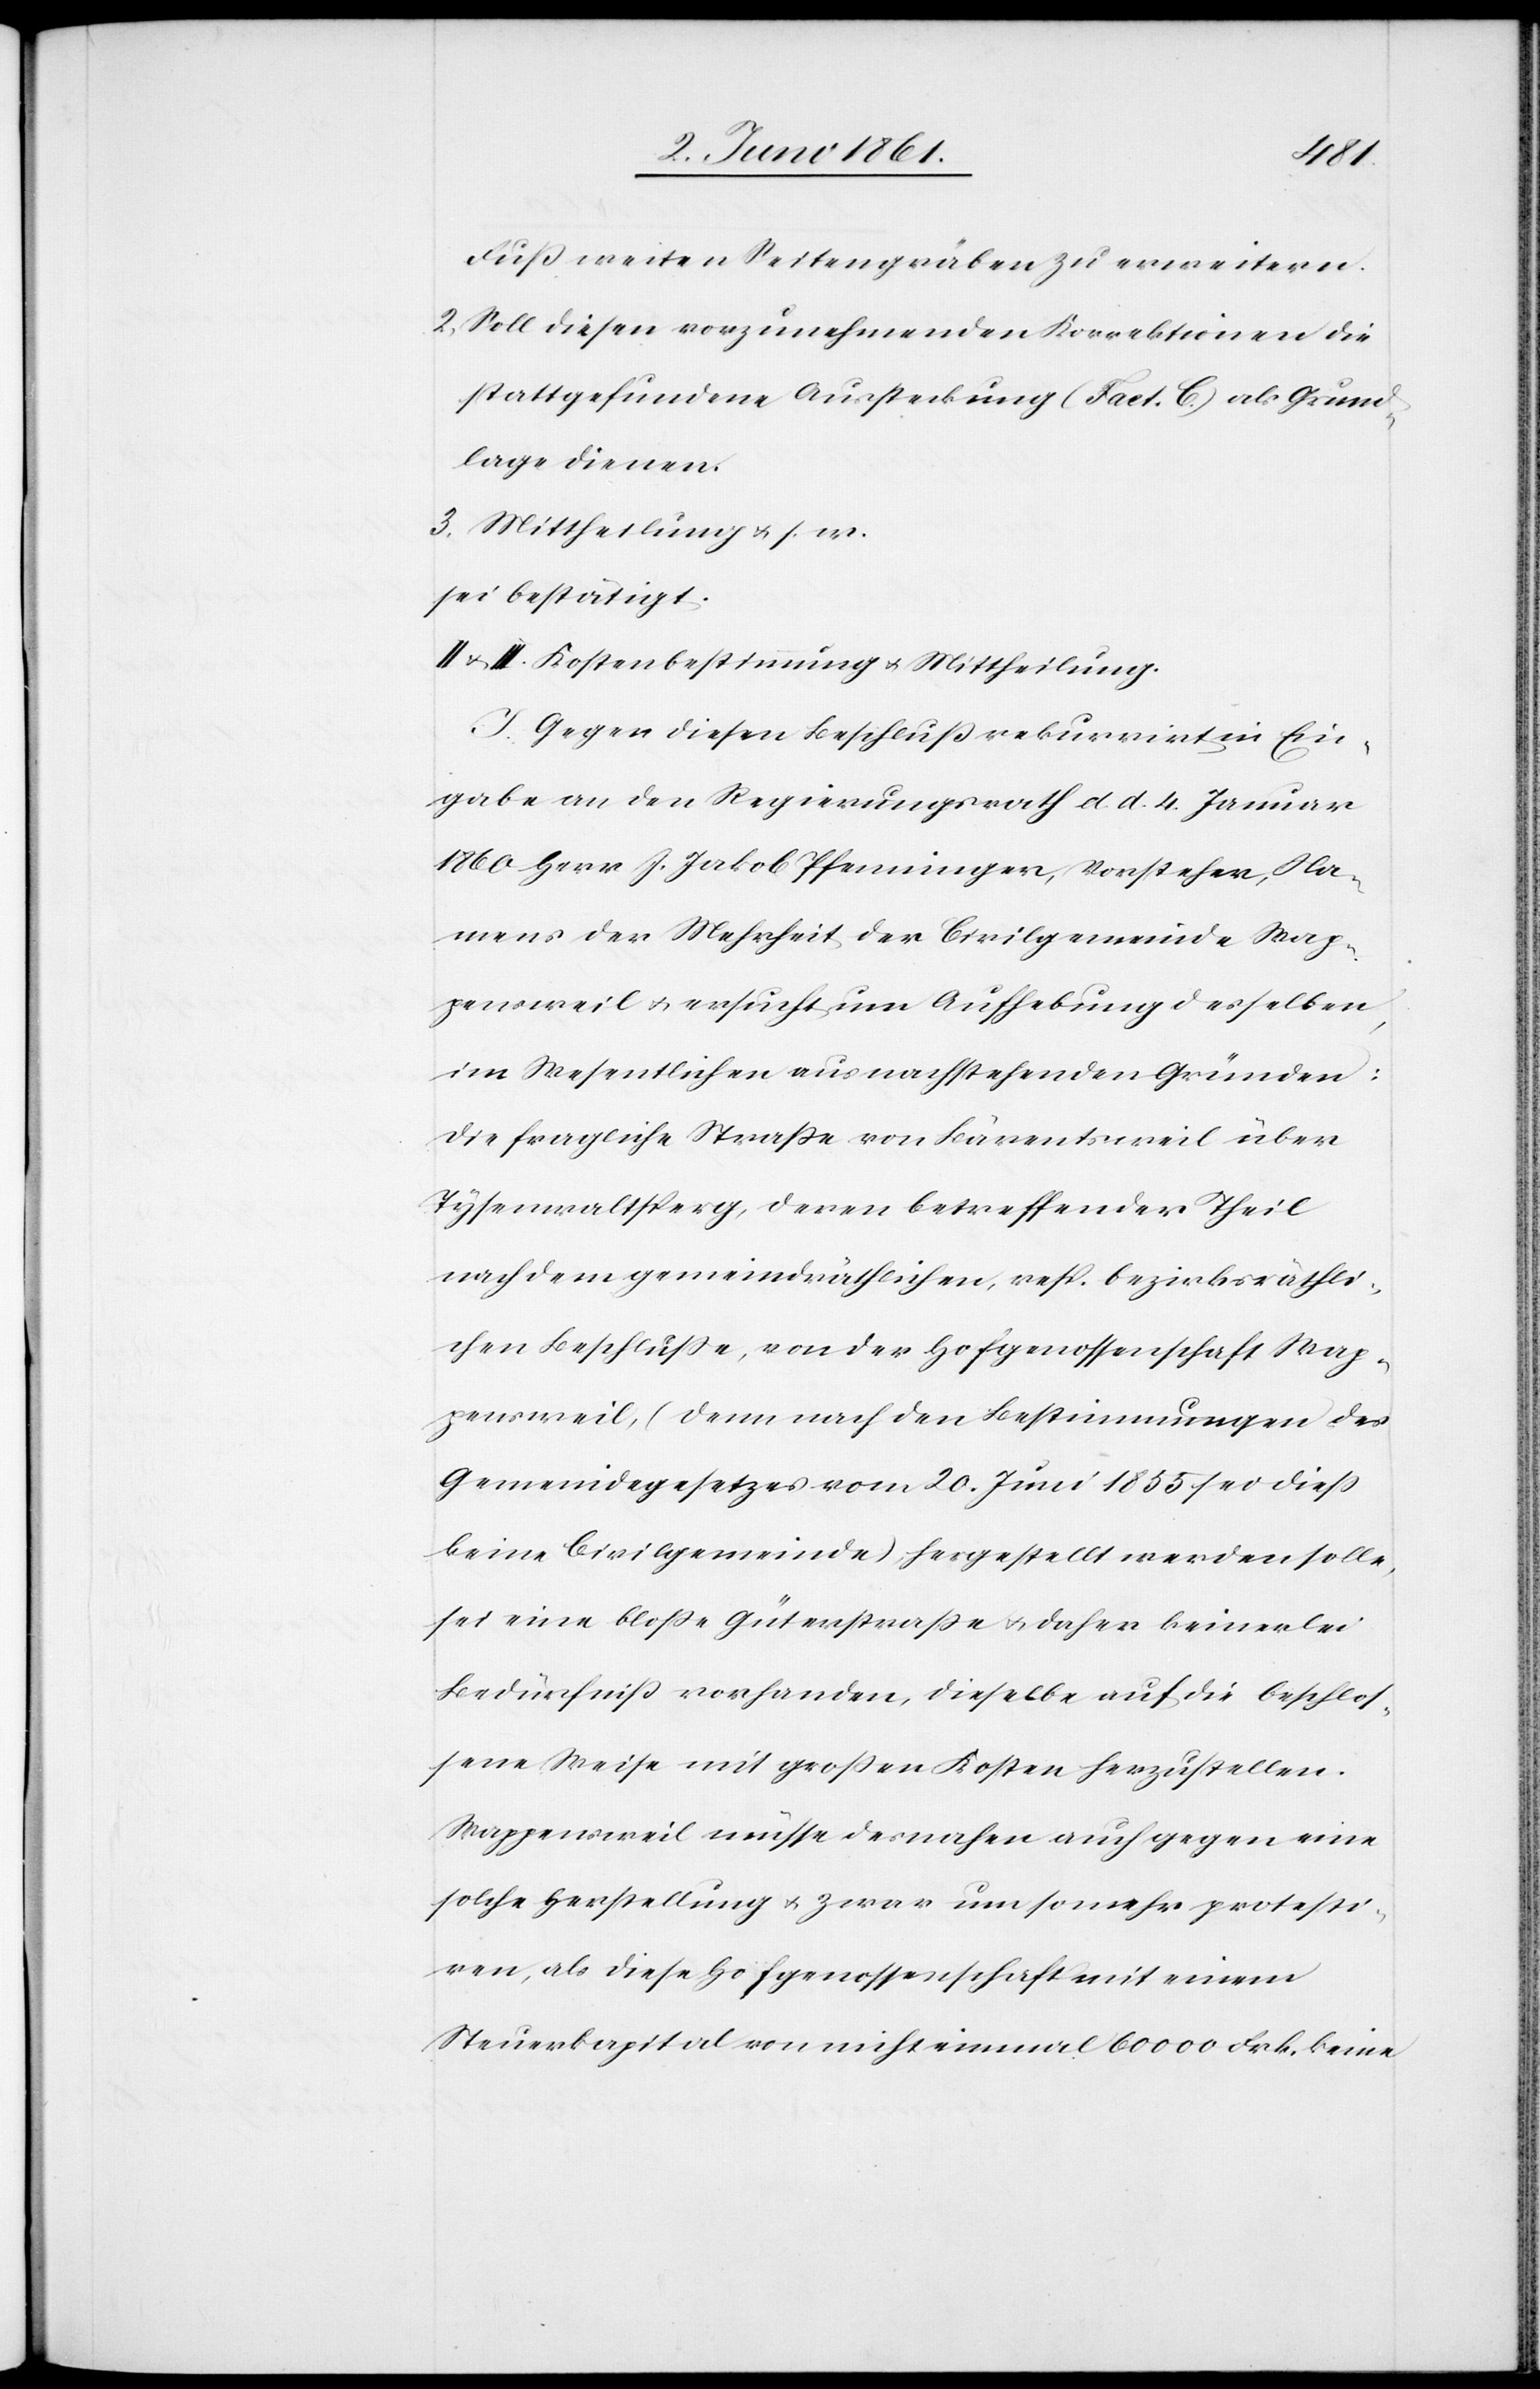
Fuss weiten Seitengräben zu erweitern.
2. Soll diesen vorzunehmenden Korrektionen die
stattgefundene Aussteckung (Fact. C) als Grund¬
lage dienen.
3. Mittheilung u. s. w.
sei bestätigt.
II u. III. Kostenbestimmung u. Mittheilung.
J. Gegen diesen Beschluss rekurrirt in Ein¬
gabe an den Regierungsrath d. d. 4. Januar
1860 Herr J. Jakob Pfenninger, Vorsteher, Na¬
mens der Mehrheit der Civilgemeinde Wap¬
pensweil u. ersucht um Aufhebung desselben,
im Wesentlichen aus nachstehenden Gründen:
Die fragliche Strasse von Bärentsweil über
Tysenwaltsperg, deren betreffender Theil
nach dem gemeindräthlichen, resp. bezirksräthli¬
chen Beschlusse, von der Hofgenossenschaft Wap¬
pensweil, (denn nach den Bestimmungen des
Gemeindegesetzes vom 20. Juni 1855 sei diess
keine Civilgemeinde) hergestellt werden solle,
sei eine blosse Güterstrasse u. daher keinerlei
Bedürfniss vorhanden, dieselbe auf die beschlos¬
sene Weise mit grossen Kosten herzustellen.
Wappensweil müsse desnahen auch gegen eine
solche Herstellung u. zwar um so mehr protesti¬
ren, als diese Hofgenossenschaft mit einem
Steuerkapital von nicht einmal 60 000 Frk. keine